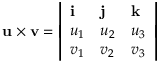
\mathbf { u \times v } = { \left| \begin{array} { l l l } { \mathbf { i } } & { \mathbf { j } } & { \mathbf { k } } \\ { u _ { 1 } } & { u _ { 2 } } & { u _ { 3 } } \\ { v _ { 1 } } & { v _ { 2 } } & { v _ { 3 } } \end{array} \right| }